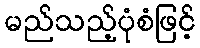
မည်သည့်ပုံစံဖြင့်